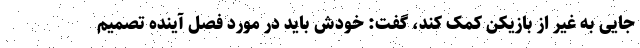
جایی به غیر از بازیکن کمک کند، گفت: خودش باید در مورد فصل آینده تصمیم